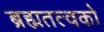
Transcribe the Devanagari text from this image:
ब्रह्मतत्वको